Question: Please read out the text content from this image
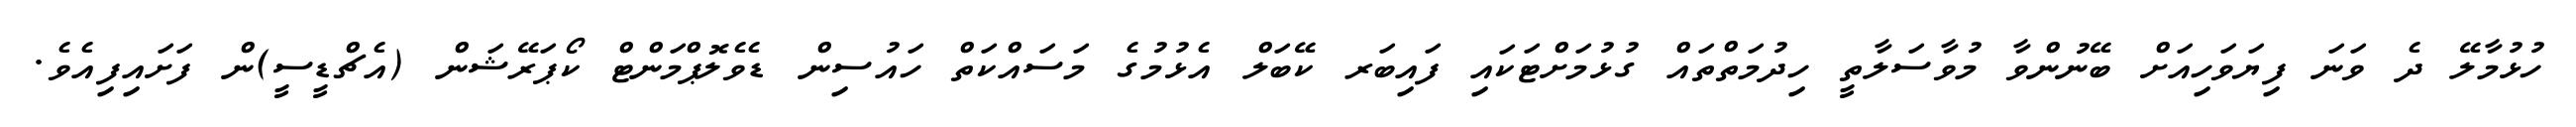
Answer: ހުޅުމާލޭ ދެ ވަނަ ފިޔަވަހިއަށް ބޭނުންވާ މުވާސަލާތީ ހިދުމަތްތައް ގުޅުމަށްޓަކައި ފައިބަރ ކޭބަލް އެޅުމުގެ މަސައްކަތް ހައުސިން ޑެވެލޮޕްމަންޓް ކޯޕަރޭޝަން (އެޗްޑީސީ)ން ފަށައިފިއެވެ.